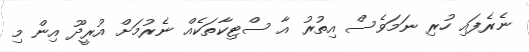
ނެރެފައި ހުރި ނަމަވެސް އިތުރު އާ ސްޓިކާތަކެއް ނެރުމަށް އުރީދޫ އިން މި